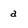
Character: a